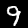
Digit: 9